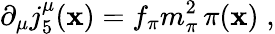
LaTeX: \partial_{\mu}j_{5}^{\mu}(\mathbf{x})=f_{\pi}m_{\pi}^{2}\, \pi(\mathbf{x})\; ,